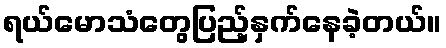
ရယ်မောသံတွေပြည့်နှက်နေခဲ့တယ်။